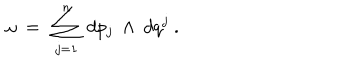
\omega \ = \ \sum _ { j = 1 } ^ { n } \ d p _ { j } \ \wedge \ d q ^ { j } \ .